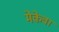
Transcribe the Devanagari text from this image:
मेकेवा